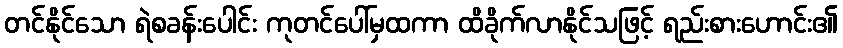
တင်နိုင်သော ရဲစခန်းပေါင်း ကုတင်ပေါ်မှထကာ ထိခိုက်လာနိုင်သဖြင့် ရည်းစားဟောင်း၏